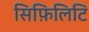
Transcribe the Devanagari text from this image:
सिफ़िलिटि